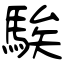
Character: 騃